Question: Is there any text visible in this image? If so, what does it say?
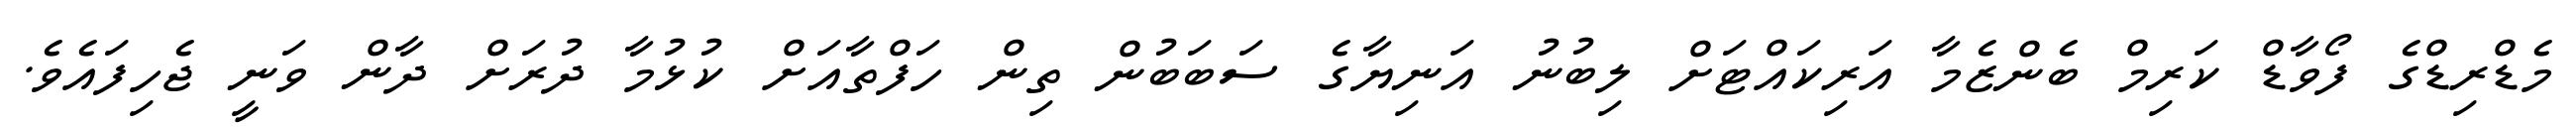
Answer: މެޑްރިޑްގެ ފޯވާޑް ކަރިމް ބެންޒެމާ އަރިކައްޓަށް ލިބުނު އަނިޔާގެ ސަބަބުން ތިން ހަފްތާއަށް ކުޅުމާ ދުރަށް ދާން ވަނީ ޖެހިފައެވެ.